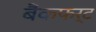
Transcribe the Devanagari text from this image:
बैंकफर्ट